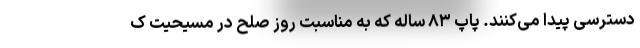
دسترسی پیدا می‌کنند. پاپ ۸۳ ساله که به مناسبت روز صلح در مسیحیت ک